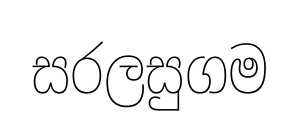
සරලසුගම